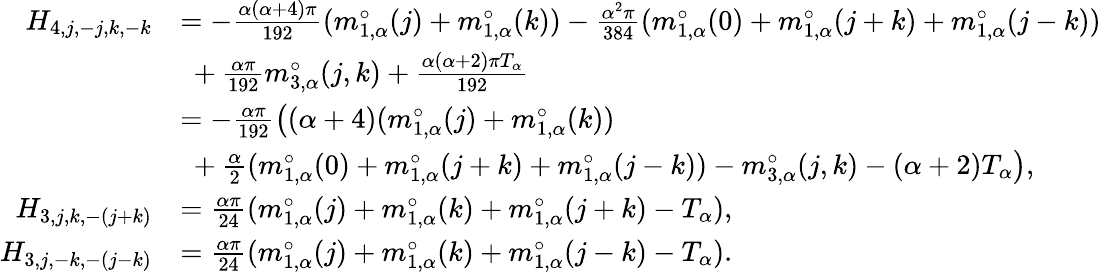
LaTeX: \begin{array}{rl}{H_{4,j,-j,k,-k}}&{=-\frac{\alpha(\alpha+4)\pi}{192}(m_{1,\alpha}^{\circ}(j)+m_{1,\alpha}^{\circ}(k))-\frac{\alpha^{2}\pi}{384}(m_{1,\alpha}^{\circ}(0)+m_{1,\alpha}^{\circ}(j+k)+m_{1,\alpha}^{\circ}(j-k))}\\ &{\ +\frac{\alpha\pi}{192}m_{3,\alpha}^{\circ}(j,k)+\frac{\alpha(\alpha+2)\pi T_{\alpha}}{192}}\\ &{=-\frac{\alpha\pi}{192}\left(({\alpha+4})(m_{1,\alpha}^{\circ}(j)+m_{1,\alpha}^{\circ}(k))\right.}\\ &{\left.\ +\frac{\alpha}{2}(m_{1,\alpha}^{\circ}(0)+m_{1,\alpha}^{\circ}(j+k)+m_{1,\alpha}^{\circ}(j-k))-m_{3,\alpha}^{\circ}(j,k)-(\alpha+2)T_{\alpha}\right),}\\ {H_{3,j,k,-(j+k)}}&{=\frac{\alpha\pi}{24}(m_{1,\alpha}^{\circ}(j)+m_{1,\alpha}^{\circ}(k)+m_{1,\alpha}^{\circ}(j+k)-T_{\alpha}),}\\ {H_{3,j,-k,-(j-k)}}&{=\frac{\alpha\pi}{24}(m_{1,\alpha}^{\circ}(j)+m_{1,\alpha}^{\circ}(k)+m_{1,\alpha}^{\circ}(j-k)-T_{\alpha}).}\end{array}